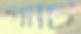
গার্টি